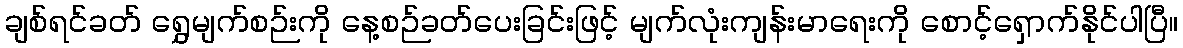
ချစ်ရင်ခတ် ရွှေမျက်စဉ်းကို နေ့စဉ်ခတ်ပေးခြင်းဖြင့် မျက်လုံးကျန်းမာရေးကို စောင့်ရှောက်နိုင်ပါပြီ။